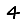
Digit: 4